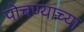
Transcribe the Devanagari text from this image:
पोचण्याच्या